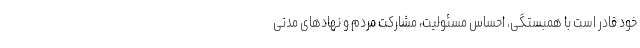
خود قادر است با همبستگی، احساس مسئولیت، مشارکت مردم و نهادهای مدنی